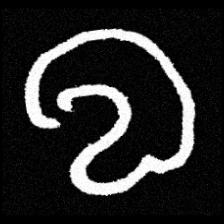
Pyu character \u2014 Myanmar letter: လ (romanized: la)